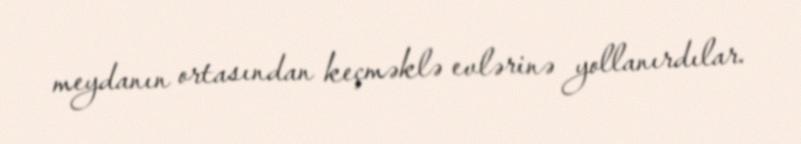
meydanın ortasından keçməklə evlərinə yollanırdılar.